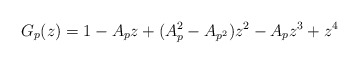
\begin{align*}G_p(z) = 1 - A_p z + (A_p^2 - A_{p^2})z^2 - A_p z^3 + z^4\end{align*}